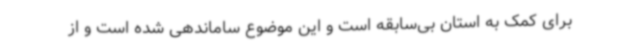
برای کمک به استان بی‌سابقه است و این موضوع ساماندهی شده است و از